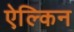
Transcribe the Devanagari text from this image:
ऐल्किन